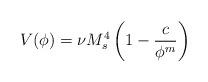
LaTeX: \begin{align*}V(\phi) = \nu M_s^4 \left( 1 - \frac{c}{\phi^m} \right)\end{align*}